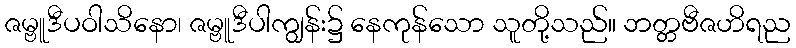
ဇမ္ဗူဒီပဝါသိနော၊ ဇမ္ဗူဒီပါကျွန်း၌ နေကုန်သော သူတို့သည်။ ဘတ္တဗီဇဟိရည